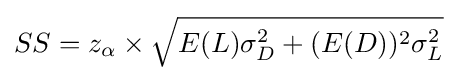
SS=z_{\alpha }\times {\sqrt {E(L)\sigma _{D}^{2}+(E(D))^{2}\sigma _{L}^{2}}}